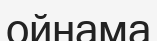
ойнама